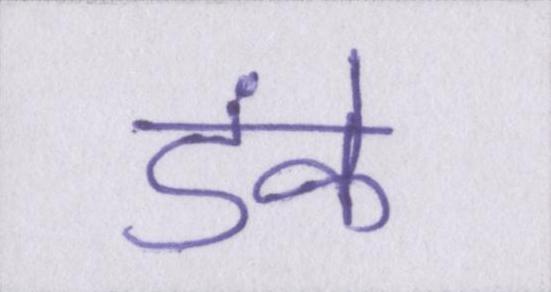
डंके